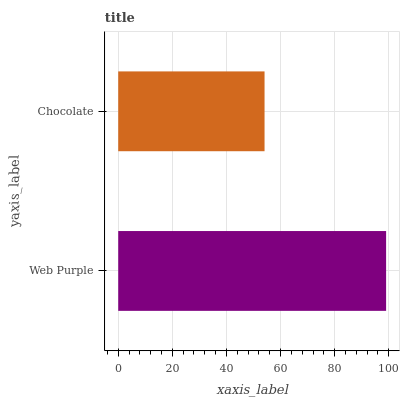
| yaxis_label | bars |
 | --- | --- |
 | Web Purple | 99 |
 | Chocolate | 54.1 |